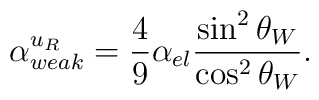
\alpha_{weak}^{u_R} = \frac{4}{9} \alpha_{el} \frac{\sin^2 \theta_W}{\cos^2 \theta_W}.